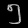
Digit: ၅